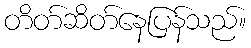
တိတ်ဆိတ်နေပြန်သည်။